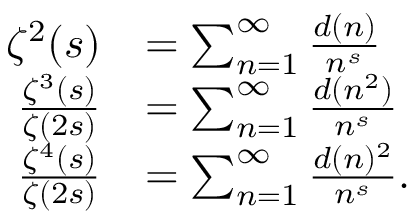
{ \begin{array} { r l } { \zeta ^ { 2 } ( s ) } & { = \sum _ { n = 1 } ^ { \infty } { \frac { d ( n ) } { n ^ { s } } } } \\ { { \frac { \zeta ^ { 3 } ( s ) } { \zeta ( 2 s ) } } } & { = \sum _ { n = 1 } ^ { \infty } { \frac { d ( n ^ { 2 } ) } { n ^ { s } } } } \\ { { \frac { \zeta ^ { 4 } ( s ) } { \zeta ( 2 s ) } } } & { = \sum _ { n = 1 } ^ { \infty } { \frac { d ( n ) ^ { 2 } } { n ^ { s } } } . } \end{array} }